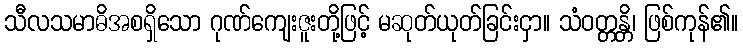
သီလသမာဓိအစရှိသော ဂုဏ်ကျေးဇူးတို့ဖြင့် မဆုတ်ယုတ်ခြင်းငှာ။ သံဝတ္တန္တိ၊ ဖြစ်ကုန်၏။